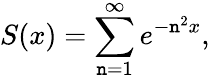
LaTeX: S(x)=\sum_{\mathtt{n}=1}^{\infty}e^{-\mathtt{n}^{2}x},